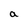
Character: a